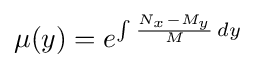
\mu (y)=e^{\int {{\frac {N_{x}-M_{y}}{M}}\,dy}}